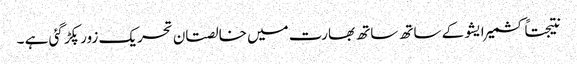
نتیجتاً کشمیر ایشو کے ساتھ ساتھ بھارت میں خالصتان تحریک زور پکڑ گئی ہے ۔